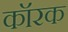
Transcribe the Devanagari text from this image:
कॉरक